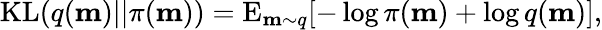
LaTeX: \mathrm{KL}(q(\mathbf{m})||\pi(\mathbf{m}))=\mathrm{E}_{\mathbf{m}\sim q}[-\log\pi(\mathbf{m})+\log q(\mathbf{m})],